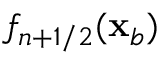
f _ { n + 1 / 2 } ( \mathbf x _ { b } )